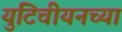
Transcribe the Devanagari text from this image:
युटिचीयनच्या